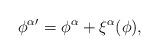
LaTeX: \begin{align*}{\phi^\alpha}'=\phi^\alpha+ \xi^\alpha(\phi),\end{align*}